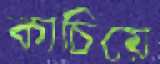
কাচিয়ে